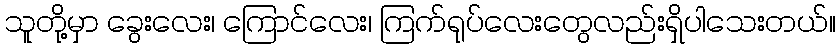
သူတို့မှာ ခွေးလေး၊ ကြောင်လေး၊ ကြက်ရုပ်လေးတွေလည်းရှိပါသေးတယ်။